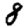
Digit: 8